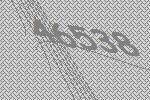
46538